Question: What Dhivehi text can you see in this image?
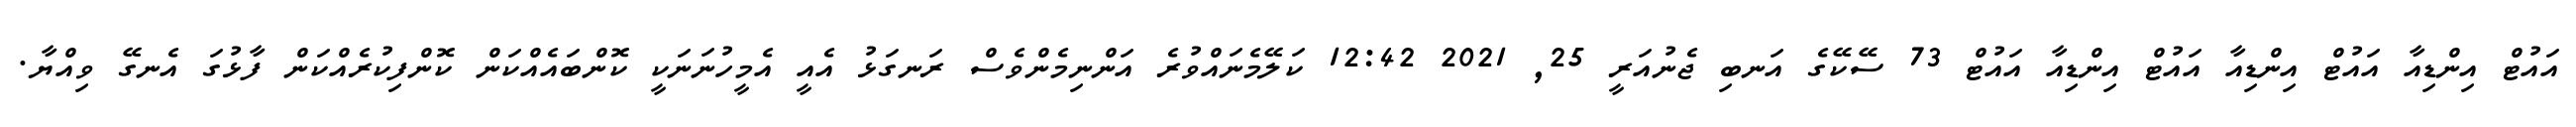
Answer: އައުޓް އިންޑިއާ އައުޓް އިންޑިއާ އައުޓް އިންޑިއާ އައުޓް 73 ސޭކޭގެ އަނބި ޖެނުއަރީ 25, 2021 12:42 ކަލޭމެނައްވުރެ އަންނިމެންވެސް ރަނގަޅު އެއީ އެމީހުނަނަކީ ކޮންބައެއްކަން ކޮންފިކުރެއްކަން ފާޅުގަ އެނގޭ ވިއްޔާ.